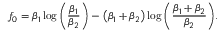
f _ { 0 } = \beta _ { 1 } \log { \left( \frac { \beta _ { 1 } } { \beta _ { 2 } } \right) } - \left( \beta _ { 1 } + \beta _ { 2 } \right) \log { \left( \frac { \beta _ { 1 } + \beta _ { 2 } } { \beta _ { 2 } } \right) } .